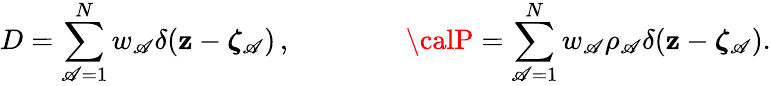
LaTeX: D=\sum_{\mathscr{A}=1}^{N}w_{\mathscr{A}}\delta({\mathbf{{z}}}-{\boldsymbol{\zeta}}_{\mathscr{A}})\, ,\qquad\qquad{\calP}=\sum_{\mathscr{A}=1}^{N}w_{\mathscr{A}}\rho_{\mathscr{A}}\delta({\mathbf{{z}}}-{\boldsymbol{\zeta}}_{\mathscr{A}}).